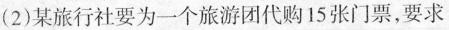
(2)某旅行社要为一个旅游团代购15张门票，要求